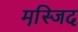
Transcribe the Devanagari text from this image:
मस्जि़द